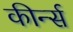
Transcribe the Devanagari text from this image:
कीर्न्स